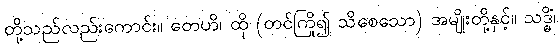
တို့သည်လည်းကောင်း။ တေဟိ၊ ထို (တင်ကြို၍ သိစေသော) အမျိုးတို့နှင့်။ သဒ္ဓိံ၊